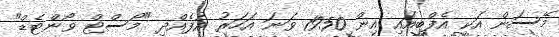
މޭސަން އަކީ އެފްބީއައި އިން 1950 ވަނަ އަހަރު އުފެއްދި "މޯސްޓް ވޯންޓެޑް"